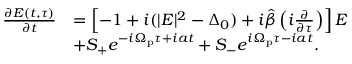
\begin{array} { r l } { \frac { \partial E ( t , \tau ) } { \partial t } } & { = \left[ - 1 + i ( | E | ^ { 2 } - \Delta _ { 0 } ) + i \hat { \beta } \left( i \frac { \partial } { \partial \tau } \right) \right] E } \\ & { + S _ { + } e ^ { - i \Omega _ { \mathrm { p } } \tau + i a t } + S _ { - } e ^ { i \Omega _ { \mathrm { p } } \tau - i a t } . } \end{array}